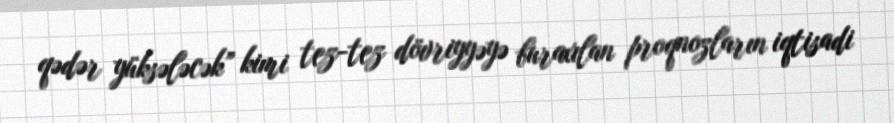
qədər yüksələcək” kimi tez-tez dövriyyəyə buraxılan proqnozların iqtisadi